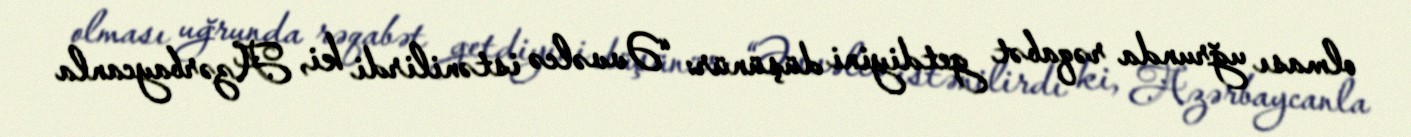
olması uğrunda rəqabət getdiyini düşünür: “Əvvəlcə istənilirdi ki, Azərbaycanla